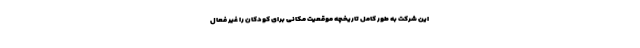
این شرکت به طور کامل تاریخچه موقعیت مکانی برای کودکان را غیر فعال